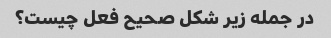
در جمله زیر شکل صحیح فعل چیست؟